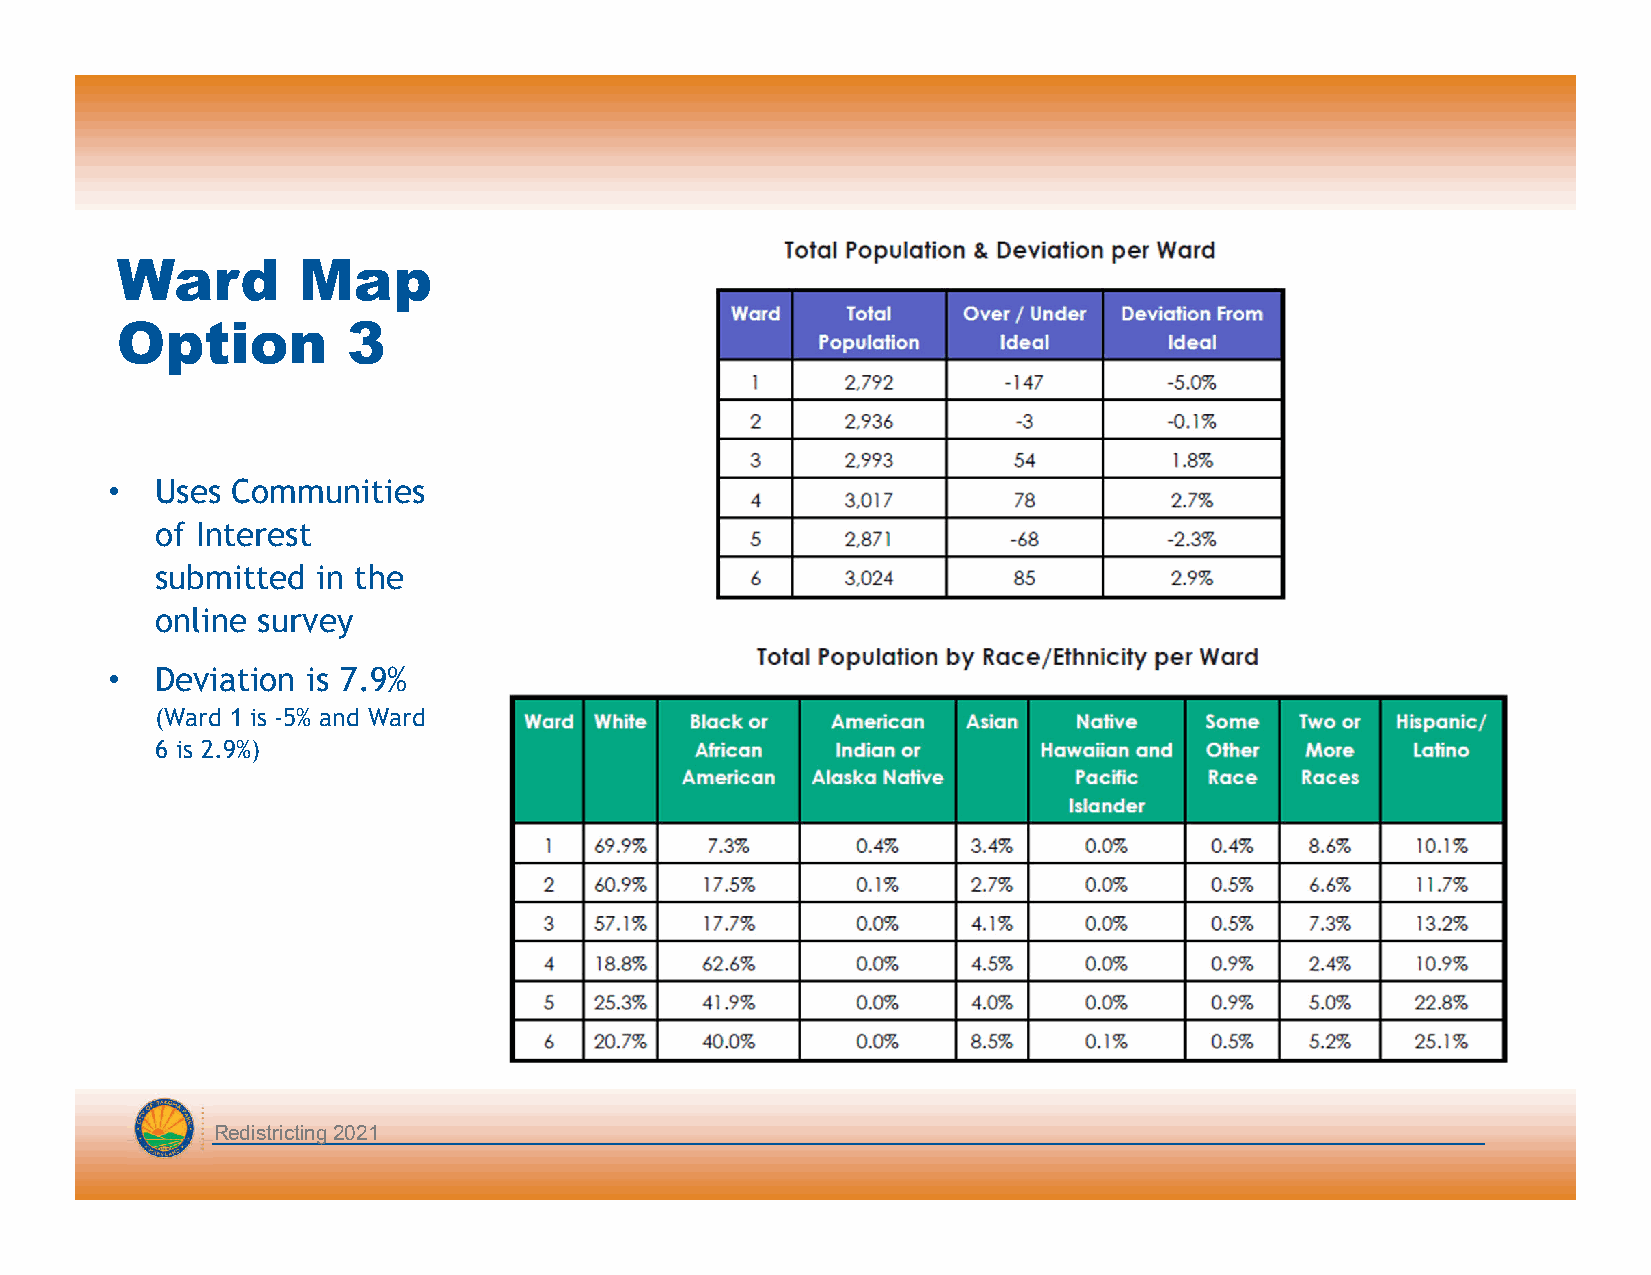
Ward        Map
 Option         3
 •  Uses Communities
 of Interest
 submitted  in the
 online survey
 •  Deviation is 7.9%
 (Ward 1 is -5% and Ward
 6 is 2.9%)
 Redistricting 2021